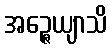
အဉ္ဇေယျာသိ